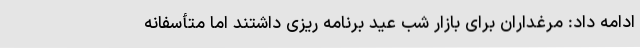
ادامه داد: مرغداران برای بازار شب عید برنامه ریزی داشتند اما متأسفانه